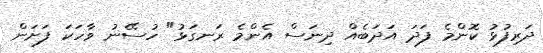
ދަރިފުޅު ކޮންމެ ފަދަ އަދަބެއް ދިނަސް އެންމެ ރަނގަޅު" ހުސޭނު ވާހަކަ ފަށަން